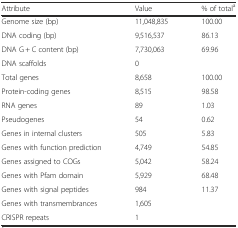
| Attribute | Value | % of totala |
 | --- | --- | --- |
 | Genome size (bp) | 11,048,835 | 100.00 |
 | DNA coding (bp) | 9,516,537 | 86.13 |
 | DNA G + C content (bp) | 7,730,063 | 69.96 |
 | DNA scaffolds | 0 |  |
 | Total genes | 8,658 | 100.00 |
 | Protein-coding genes | 8,515 | 98.58 |
 | RNA genes | 89 | 1.03 |
 | Pseudogenes | 54 | 0.62 |
 | Genes in internal clusters | 505 | 5.83 |
 | Genes with function prediction | 4,749 | 54.85 |
 | Genes assigned to COGs | 5,042 | 58.24 |
 | Genes with Pfam domain | 5,929 | 68.48 |
 | Genes with signal peptides | 984 | 11.37 |
 | Genes with transmembrances | 1,605 |  |
 | CRISPR repeats | 1 |  |